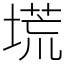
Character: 塃